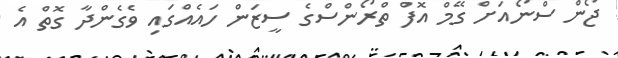
ޖޯން ސްނޯއަށް ގޭމް އޮފް ތްރޯންސްގެ ސީޒަން ހައެއްގައި ވެގެންދާ ގޮތް އެ